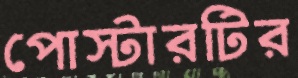
পোস্টারটির